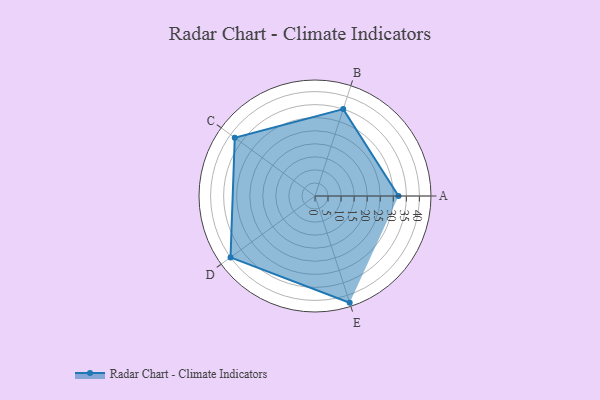
{"axis": {"x": "Skill", "y": "Score"}, "legend": ["Profile"], "data": [{"x": "A", "y": 32.0, "type": "Profile"}, {"x": "B", "y": 35.0, "type": "Profile"}, {"x": "C", "y": 38.0, "type": "Profile"}, {"x": "D", "y": 40.0, "type": "Profile"}, {"x": "E", "y": 43.0, "type": "Profile"}]}